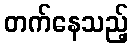
တက်နေသည့်